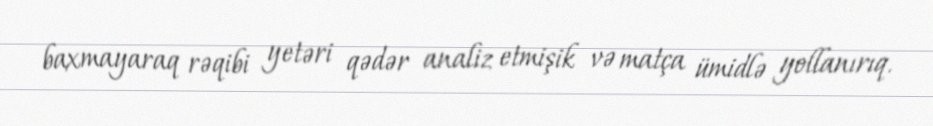
baxmayaraq rəqibi yetəri qədər analiz etmişik və matça ümidlə yollanırıq.